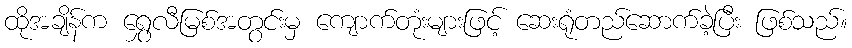
ထိုအချိန်က ရွှေလီမြစ်အတွင်းမှ ကျောက်တုံးများဖြင့် ဆေးရုံတည်ဆောက်ခဲ့ပြီး ဖြစ်သည်။